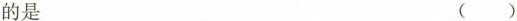
的是 ( )